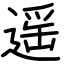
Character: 遥